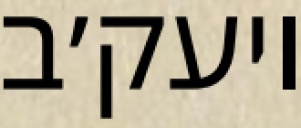
ויעק׳ב